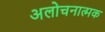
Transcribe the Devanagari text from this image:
अलोचनात्मक